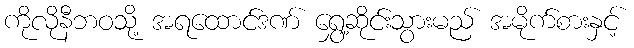
ကိုလိုနီဘဝသို့ အရထောင်ဒဏ် ရွှေ့ဆိုင်းသွားမည် အမိုက်စားနှင့်